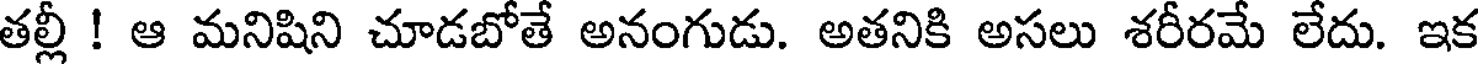
తల్లీ ! ఆ మనిషిని చూడబోతే అనంగుడు. అతనికి అసలు శరీరమే లేదు. ఇక